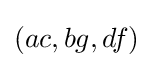
(ac,bg,df)